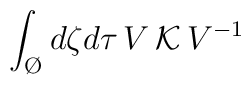
\int_{\O} d\zeta d\tau \,  V\, {\cal K}\, V^{-1}